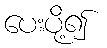
ပေးပို့၍